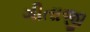
ગીતાજી